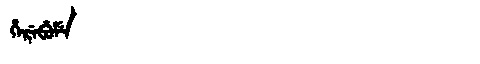
Manchu: ᡥᡝᡵᡝᠪᡠᠮᡝ
Romanization: HEREBUME